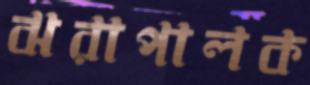
ঝরাপালক